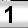
Digit: 1